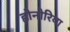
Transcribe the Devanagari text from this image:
होनोरिया